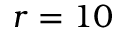
r = 1 0